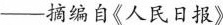
——摘编自《人民日报》